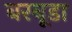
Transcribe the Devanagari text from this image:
बरबूडा